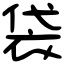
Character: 袋